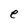
Character: e